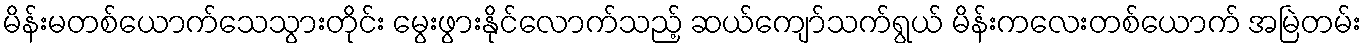
မိန်းမတစ်ယောက်သေသွားတိုင်း မွေးဖွားနိုင်လောက်သည့် ဆယ်ကျော်သက်ရွယ် မိန်းကလေးတစ်ယောက် အမြဲတမ်း